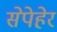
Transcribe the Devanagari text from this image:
सेपेहेर